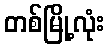
တစ်မြို့လုံး